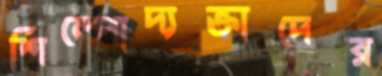
শিল্পোদ্যক্তাদের